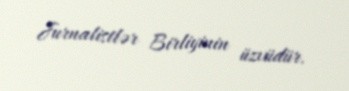
Jurnalistlər Birliyinin üzvüdür.